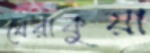
থেরাকুয়া